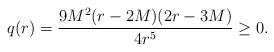
\begin{align*}q(r)={}&\frac{9 M^2 (r - 2 M) (2 r - 3 M)}{4 r^5}\geq 0.\end{align*}